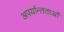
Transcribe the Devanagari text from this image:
अपर्यान्तताओं